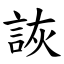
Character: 詼